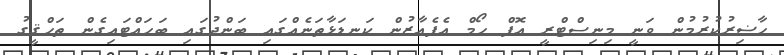
ހާޟިރުކުރުމުން ވަނީ މިނިސްޓްރީ އޮފް ހޯމް އެފެއާޒުން ކަނޑަޅާތަނެއްގައި ބަންދުގައި ބަހައްޓައިގެން ތަޙްޤީގު